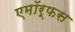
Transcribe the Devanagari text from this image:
एमॉर्फस